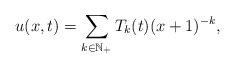
\begin{align*} u(x,t)=\sum\limits_{k\in \mathbb{N}_+}T_{k}(t)(x+1)^{-k},\end{align*}